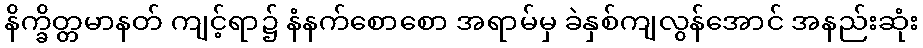
နိက္ခိတ္တမာနတ် ကျင့်ရာ၌ နံနက်စောစော အရာမ်မှ ခဲနှစ်ကျလွန်အောင် အနည်းဆုံး